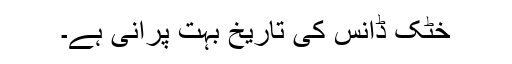
خٹک ڈانس کی تاریخ بہت پرانی ہے۔